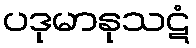
ပဒုမာနုသဋံ